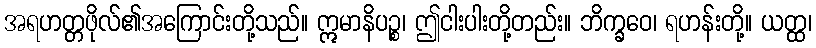
အရဟတ္တဖိုလ်၏အကြောင်းတို့သည်။ ဣမာနိပဉ္စ၊ ဤငါးပါးတို့တည်း။ ဘိက္ခဝေ၊ ရဟန်းတို့။ ယတ္ထ၊